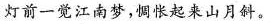
灯前一觉江南梦，惆怅起来山月斜。